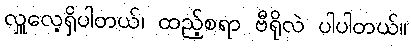
လှူလေ့ရှိပါတယ်၊ ထည့်စရာ ဗီရိုလဲ ပါပါတယ်။